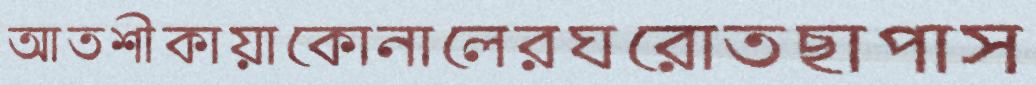
আতশীকায়াকোনালেরঘরোতছাপাস